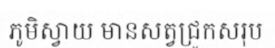
ភូមិស្វាយ មានសត្វជ្រូកសរុប